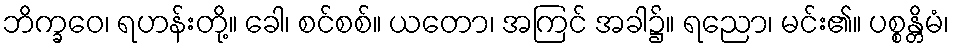
ဘိက္ခဝေ၊ ရဟန်းတို့။ ခေါ၊ စင်စစ်။ ယတော၊ အကြင် အခါ၌။ ရညော၊ မင်း၏။ ပစ္စန္တိမံ၊